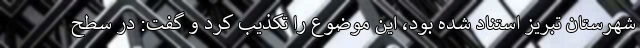
شهرستان تبریز استناد شده بود، این موضوع را تکذیب کرد و گفت: در سطح